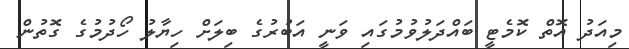
މިއަދު އޮތް ކޮމެޓީ ބައްދަލުވުމުގައި ވަނީ އަބުރުގެ ބިލަށް ހިޔާލު ހޯދުމުގެ ގޮތުން